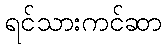
ရင်သားကင်ဆာ